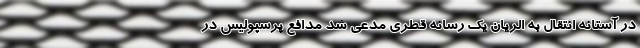
در آستانه انتقال به الریان یک رسانه قطری مدعی شد مدافع پرسپولیس در